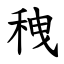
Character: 䄿